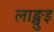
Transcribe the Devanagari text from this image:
लाङ्खुइ